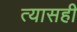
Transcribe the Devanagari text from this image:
त्यासही